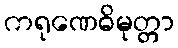
ကရုဏေဓိမုတ္တာ